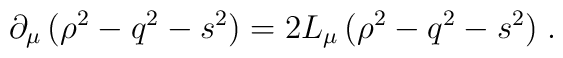
\partial_{\mu}\,(\rho^2-q^2-s^2)=2L_{\mu}\,(\rho^2-q^2-s^2) \; .